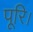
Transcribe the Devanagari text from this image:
पूरि।